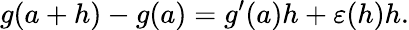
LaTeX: g(a+h)-g(a)=g^{\prime}(a)h+\varepsilon(h)h.